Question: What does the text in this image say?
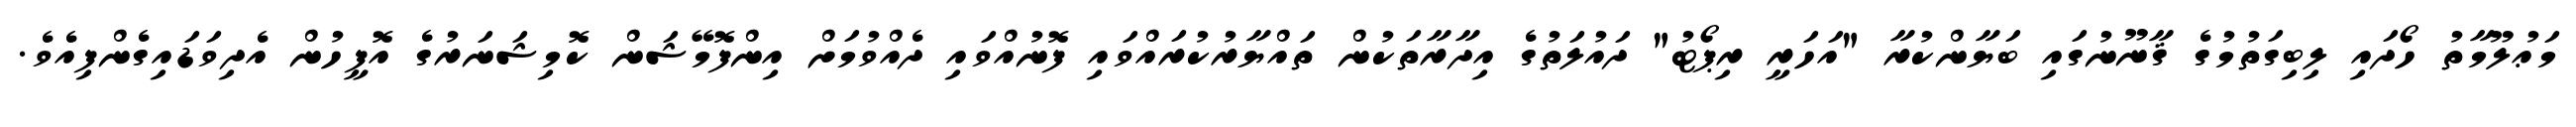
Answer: މަޢުލޫމާތު ހޯދައި ލިބިގަތުމުގެ ޤާނޫނުގައި ބަޔާންކުރާ "އަހަރީ ރިޕޯޓު" ދައުލަތުގެ އިދާރާތަކުން ތައްޔާރުކުރައްވައި ފޮނުއްވައި ދެއްވުމަށް އިންފޮމޭޝަން ކޮމިޝަނަރުގެ އޮފީހުން އެދިވަޑައިގެންފިއެވެ.